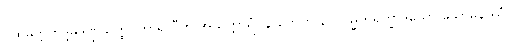
ဂူထမုတ္တကဒ္ဒမဒဏ္ဍသတ္ထပ္ပဟာရာဒီဟိ အသက္ကာရံ။ န တေဟိ နာဂဝမ္မိကရုက္ခာဒယော သောမနဿံ ဝါ